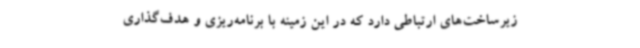
زیرساخت‌های ارتباطی دارد که در این زمینه با برنامه‌ریزی و هدف‌گذاری